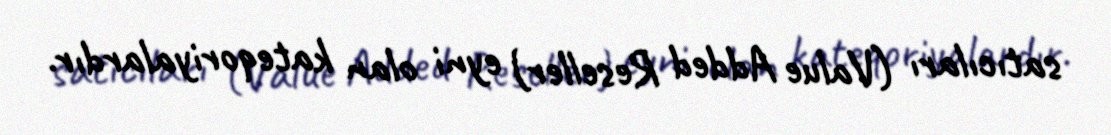
satıcıları (Value Added Reseller) eyni olan kateqoriyalardır.